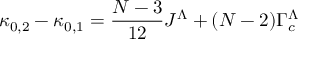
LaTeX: \kappa _ { 0 , 2 } - \kappa _ { 0 , 1 } = \frac { N - 3 } { 1 2 } J ^ { \Lambda } + ( N - 2 ) \Gamma _ { c } ^ { \Lambda }